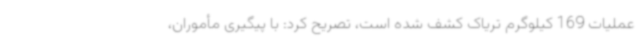
عملیات 169 کیلوگرم تریاک کشف شده است، تصریح کرد: با پیگیری مأموران،